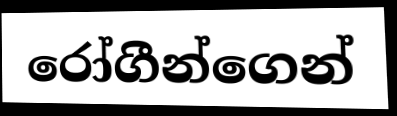
රෝගීන්ගෙන්